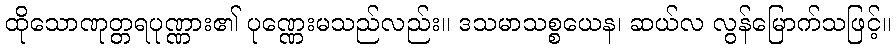
ထိုသောဏုတ္တရပုဏ္ဏား၏ ပုဏ္ဏေးမသည်လည်း။ ဒသမာသစ္စယေန၊ ဆယ်လ လွန်မြောက်သဖြင့်။